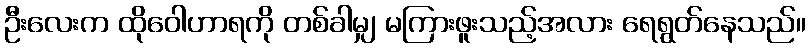
ဦးလေးက ထိုဝေါဟာရကို တစ်ခါမျှ မကြားဖူးသည့်အလား ရေရွတ်နေသည်။